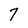
Character: 7